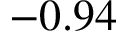
- 0 . 9 4